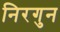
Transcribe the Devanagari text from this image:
निरगुन